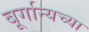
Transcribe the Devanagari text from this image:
बूर्गान्यच्या